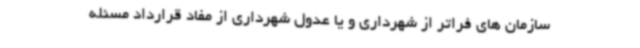
سازمان های فراتر از شهرداری و یا عدول شهرداری از مفاد قرارداد مسئله